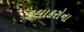
કલાકરોના